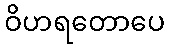
ဝိဟရတောပေ